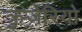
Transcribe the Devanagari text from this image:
क्रुजेरियो